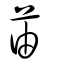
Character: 苖